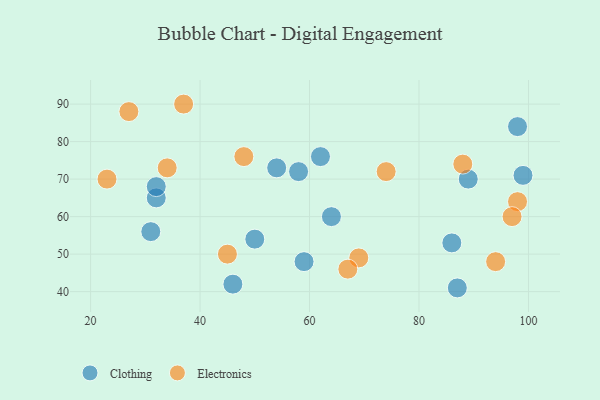
{"axis": {"x": "GDP", "y": "Life Expectancy"}, "legend": ["Clothing", "Electronics"], "data": [{"x": "64", "y": 60, "type": "Clothing"}, {"x": "98", "y": 84, "type": "Clothing"}, {"x": "58", "y": 72, "type": "Clothing"}, {"x": "62", "y": 76, "type": "Clothing"}, {"x": "86", "y": 53, "type": "Clothing"}, {"x": "32", "y": 65, "type": "Clothing"}, {"x": "50", "y": 54, "type": "Clothing"}, {"x": "54", "y": 73, "type": "Clothing"}, {"x": "89", "y": 70, "type": "Clothing"}, {"x": "99", "y": 71, "type": "Clothing"}, {"x": "46", "y": 42, "type": "Clothing"}, {"x": "59", "y": 48, "type": "Clothing"}, {"x": "32", "y": 68, "type": "Clothing"}, {"x": "87", "y": 41, "type": "Clothing"}, {"x": "31", "y": 56, "type": "Clothing"}, {"x": "48", "y": 76, "type": "Electronics"}, {"x": "37", "y": 90, "type": "Electronics"}, {"x": "34", "y": 73, "type": "Electronics"}, {"x": "94", "y": 48, "type": "Electronics"}, {"x": "88", "y": 74, "type": "Electronics"}, {"x": "74", "y": 72, "type": "Electronics"}, {"x": "69", "y": 49, "type": "Electronics"}, {"x": "23", "y": 70, "type": "Electronics"}, {"x": "67", "y": 46, "type": "Electronics"}, {"x": "98", "y": 64, "type": "Electronics"}, {"x": "97", "y": 60, "type": "Electronics"}, {"x": "45", "y": 50, "type": "Electronics"}, {"x": "27", "y": 88, "type": "Electronics"}]}